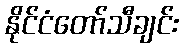
နိုင်ငံတော်သီချင်း